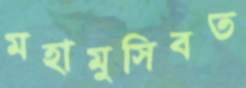
মহামুসিবত